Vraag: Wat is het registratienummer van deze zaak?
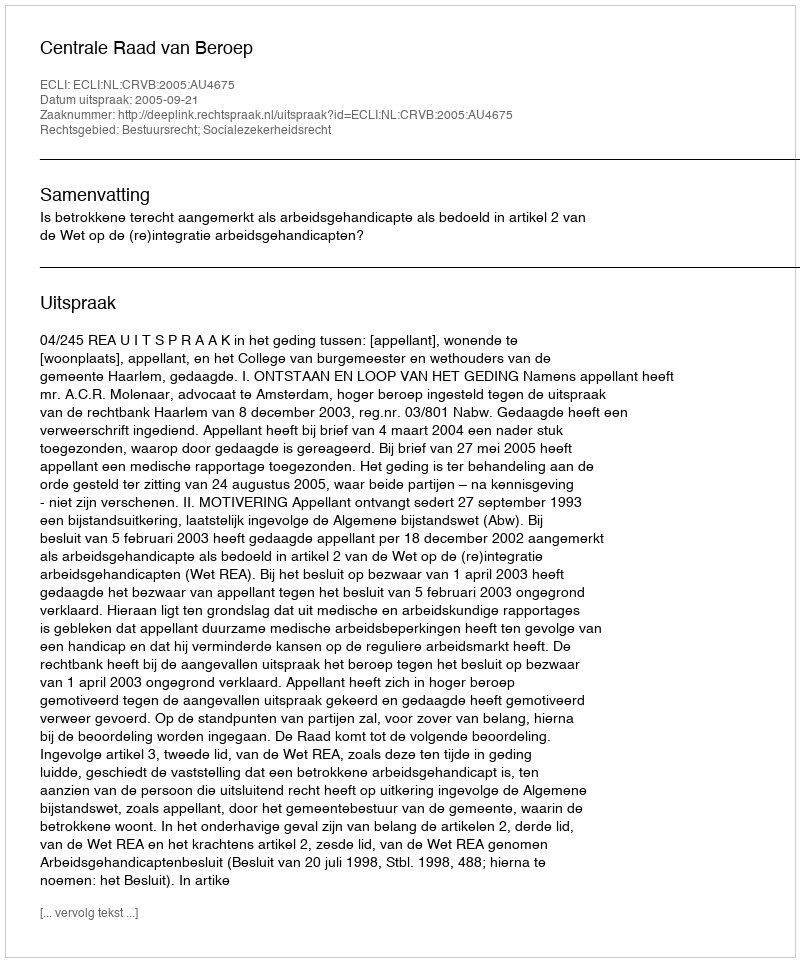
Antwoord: http://deeplink.rechtspraak.nl/uitspraak?id=ECLI:NL:CRVB:2005:AU4675